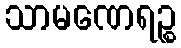
သာမဏေရဉ္စ